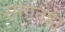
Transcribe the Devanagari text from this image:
सांगतही